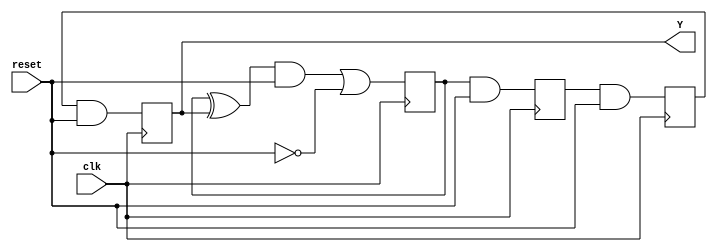
module PNgenerator(input wire clk, input wire reset, output reg Y);
	wire s0;
	reg s1, s2, s3;
	assign s0 = s1 ^ Y ;
	always @(posedge clk) begin
		
			s1 <= s0 & reset | ~reset & 1;
			s2 <= s1 & reset;
			s3 <= s2 & reset;
			Y <= s3 & reset;			

	end
endmodule